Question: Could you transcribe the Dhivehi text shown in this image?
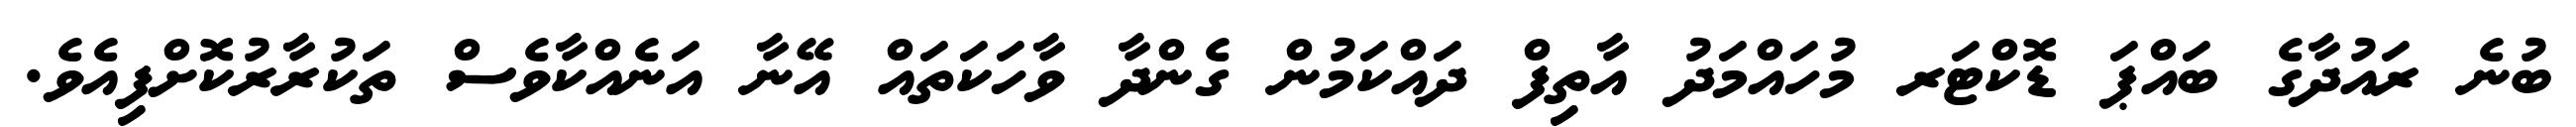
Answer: ބުނެ ރައުދާގެ ބައްޕަ ޑޮކްޓަރ މުހައްމަދު އާތިފް ދައްކަމުން ގެންދާ ވާހަކަތައް އޭނާ އަނެއްކާވެސް ތަކުރާރުކޮށްފިއެވެ.